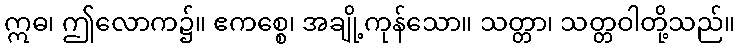
ဣဓ၊ ဤလောက၌။ ဧကစ္စေ၊ အချို့ကုန်သော။ သတ္တာ၊ သတ္တဝါတို့သည်။